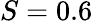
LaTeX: S=0.6